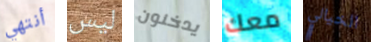
أنتهي ليس يدخنون معك الخيالي